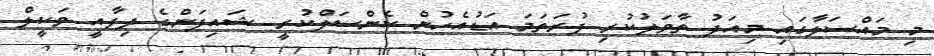
މި މައްސަލާގައި މިއަދު ތާވަލުކުރި ފުރަތަމަ އަޑުއެހުން ކެންސަލްކުރީ ޝައިފަންގެ ދިފާއީ ވަކީލް